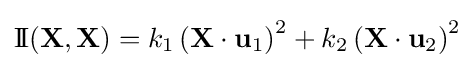
\operatorname {I\!I} (\mathbf {X} ,\mathbf {X} )=k_{1}\left(\mathbf {X} \cdot \mathbf {u} _{1}\right)^{2}+k_{2}\left(\mathbf {X} \cdot \mathbf {u} _{2}\right)^{2}